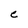
Character: C